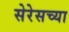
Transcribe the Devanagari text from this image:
सेरेसच्या